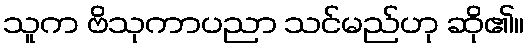
သူက ဗိသုကာပညာ သင်မည်ဟု ဆို၏။